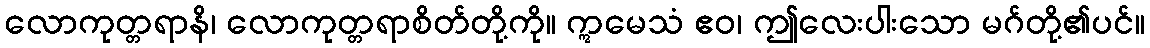
လောကုတ္တရာနိ၊ လောကုတ္တရာစိတ်တို့ကို။ ဣမေသံ ဧဝ၊ ဤလေးပါးသော မဂ်တို့၏ပင်။